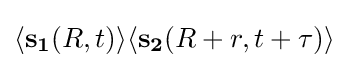
\langle \mathbf {s_{1}} (R,t)\rangle \langle \mathbf {s_{2}} (R+r,t+\tau )\rangle